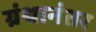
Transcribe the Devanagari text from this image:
ग्रंथानंतर